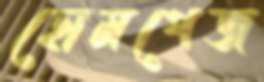
হোমপেজ